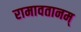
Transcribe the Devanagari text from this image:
रामावतानम्‌